Lunatic asylums United Provinces 1899-1908 - 1899-1908
Year: 1899
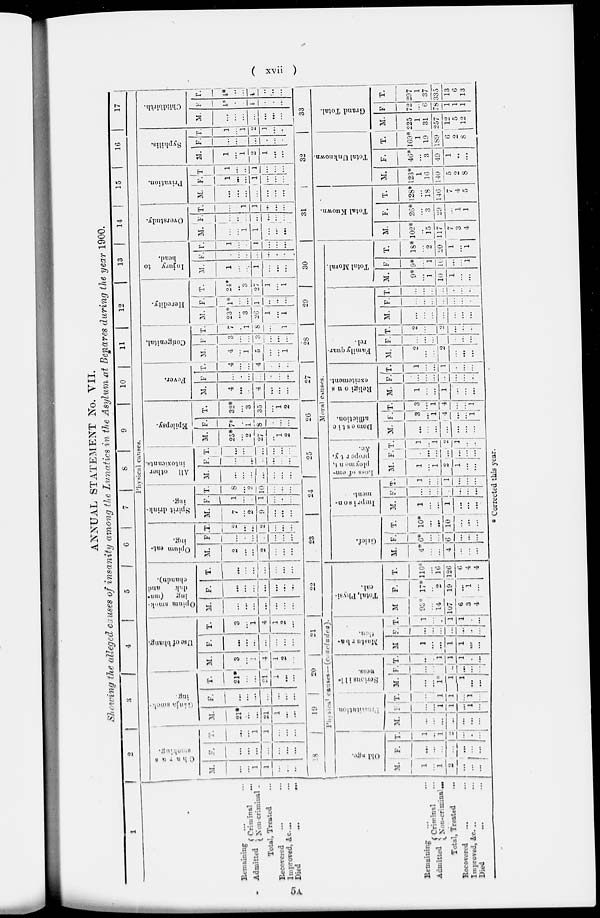
( xvii )
ANNUAL STATEMENT No. VII.
Showing the alleged causes of insanity among the Lunatics in the Asylum at Benares during the year 1900.
1
Remaining … …
Admitted
Criminal …
Non-criminal …
Total, Treated …
Recovered … …
Improved, &c. … …
Died
... …
2
3
4
5
6
7
8
9
10
11
12 13
14
15
16
17
Physical causes.
Charas
smoking
M.
…
...
1
1
…
.
…
F.
…
...
…
…
...
…
...
T.
…
...
1
1
…
…
…
Ganja smok-
ing.
M.
21*
...
...
21
1
...
...
F.
…
...
...
...
…
...
...
T.
21*
…
...
21
1
...
...
Use of bhang.
M.
3
...
…
4
1
2
…
F.
...
…
...
...
...
...
...
T.
3
…
1
4
1
2
…
Opium smok-
ing
(ma-
dak
and
chandu).
M.
…
…
...
...
...
...
...
F.
...
...
...
...
...
...
...
T.
...
…
…
...
…
…
…
Opium
eat-
ing.
M.
2
...
...
2
…
...
…
F.
…
…
…
…
…
...
...
T.
…
...
1
2
…
…
…
Spirit drink-
ing.
M.
7
...
2
9
...
…
…
F.
1
...
.
1
…
…
....
T.
8
...
2
10
…
...
…
All other
intoxicants.
M.
…
...
...
…
…
...
…
F.
…
…
...
…
...
…
...
T.
…
…
…
...
...
…
…
Epilepsy.
M.
25*
...
2
27
…
1
2
F.
7*
.
1
8
…
…
...
T.
32*
...
3
35
...
1
2
Fever.
M.
4
…
…
4
…
...
...
F.
…
.
…
…
…
…
...
T.
4
...
...
4
…
...
…
Congenital.
M.
4
…
1
5
...
…
1
F.
3
…
…
3
...
...
…
T.
7
.
1
8
…
…
1
Heredity.
M.
23*
...
3
26
1
...
1
F.
1*
…
...
1
..
..
...
T.
24*
..
3
27
1
...
1
Injury to
head.
M.
1
..
…
1
...
...
...
F.
…
…
…
…
…
…
…
T.
1
…
…
1
…
…
...
Overstudy.
M.
…
...
1
1
...
...
...
F.
…
..
…
...
...
...
…
T.
…
…
1
1
...
...
...
Privation.
M.
…
...
...
...
...
...
...
F.
1
...
...
1
...
...
...
T.
1
…
...
1
...
...
...
Syphilis.
M.
1
...
1
2
1
…
...
F.
…
...
…
...
.
...
..
T.
1
…
1
2
1
...
..
Child
birth.
M.
...
...
...
…
…
...
...
F
4*
…
…
4
.
.
....
T.
4*
..
...
4
..
…
...
Remaining … …
Admitted
Criminal …
Non-criminal …
Total, Treated …
Rocovered … …
Improved, &c. ..
…
...
Died … …
18
19
20
21 22
Physical causes—(concluded).
Old age.
M.
1
…
1
2
...
...
...
F.
…
...
…
…
...
…
…
T.
1
...
1
2
....
.
…
Prostitution
M.
…
…
...
…
...
...
...
F.
…
...
1
1
…
1
…
T.
…
…
1
1
…
1
...
Serious ill-
ness.
M.
…
...
1
1
1
…
…
F.
…
…
…
..
…
…
…
T.
…
.
1
1
1
…
…
Mastur
ba-
tion
M.
1
…
…
1
1
…
...
F.
…
…
…
…
…
…
...
T.
1
…
…
1
1
.
...
Total Physi-
cal.
M
93*
…
14
107
6
3
4
F.
17*
…
2
19
…
1
...
T.
110*
…
16
126
6
4
4
23
24 25
26 27
28
29
30
Moral Causes.
Grief.
M.
4*
…
…
4
…
…
…
F.
6*
…
…
6
…
…
…
T.
10*
…
…
10
…
…
…
Impirson-
ment.
M.
1
…
…
1
…
…
...
F.
…
…
…
…
...
...
…
T.
1
…
…
1
...
…
…
Loss of em-
ployment,
property,
&c.
M.
1
…
1
2
1
…
...
F.
.
…
…
…
…
…
…
T.
1
…
…
2
1
…
…
Domestic
affliction.
M.
…
…
...
...
...
…
...
F.
3
...
1
4
…
…
1
T.
3
…
1
4
…
…
1
Religious
excitement.
M.
1
…
...
1
…
…
...
F.
…
...
...
..
...
...
.
T.
1
…
...
1
.
...
…
Family quar-
rel.
M.
2
...
…
2
…
…
...
F.
…
...
...
…
…
...
...
T.
2
...
…
2
…
..
..
M.
…
…
…
...
…
…
…
F.
…
…
…
…
…
…
…
T.
…
…
...
…
…
…
…
Total Moral.
M.
9*
...
1
10
1
...
...
F.
9*
…
1
10
...
…
1
T.
18*
…
2
20
1
... .
1
31
Total Known.
M.
102*
..
15
117
7
3
4
F.
26*
...
3
29
...
1
1
T.
128*
...
18
140
7
4
5
32
Total Unknown.
M.
123*
1
16
140
5
2
8
F.
46*
...
3
49
1
…
…
T.
169*
1
19
189
6
2
8
33
Grand Total.
M.
225
1
31
257
12
5
12
F.
72
...
6
78
1
1
1
T.
297
1
37
335
13
6
13
* Corrected this year.